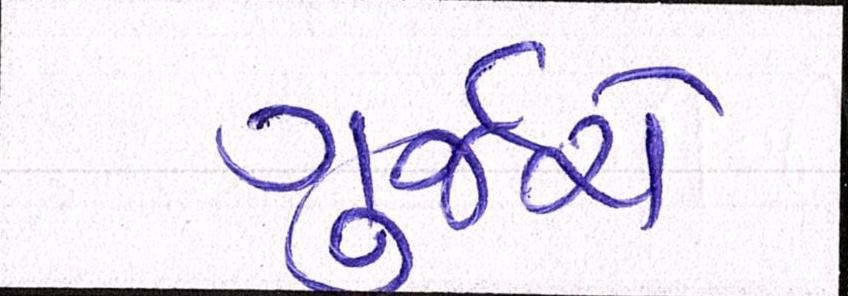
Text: ગુર્જરો